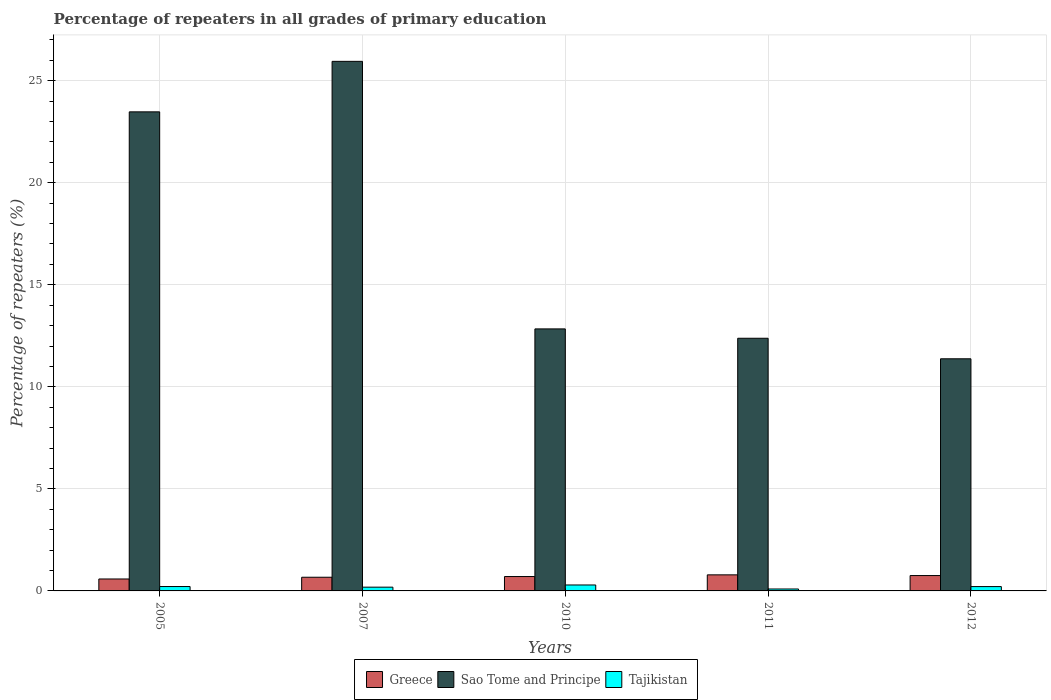
| Years | Greece | Sao Tome and Principe | Tajikistan |
 | --- | --- | --- | --- |
 | 2005 | 0.585 | 23.5 | 0.215 |
 | 2007 | 0.67 | 25.9 | 0.184 |
 | 2010 | 0.705 | 12.8 | 0.292 |
 | 2011 | 0.788 | 12.4 | 0.0945 |
 | 2012 | 0.753 | 11.4 | 0.213 |